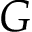
G